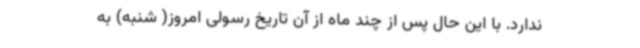
ندارد. با این حال پس از چند ماه از آن تاریخ رسولی امروز( شنبه) به